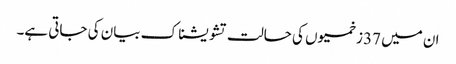
ان میں 37 زخمیوں کی حالت تشویشناک بیان کی جاتی ہے۔